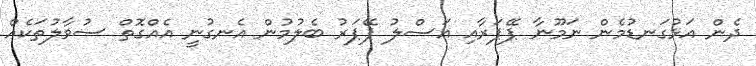
ދެން އަޅުގަނޑުމެން ނަމޫނާ ޕޭޕަރާއި އަސްލު ޕޭޕަރު ބެލުމުން އެނގުނީ އެއްގޮތް ސުވާލުތަކެއް